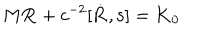
M { \bf R } + c ^ { - 2 } [ { \bf \dot { R } } , { \bf s } ] = { \bf K } _ { 0 }